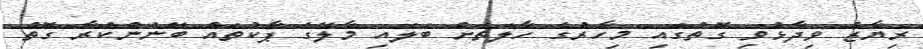
ރިޔާޒު ވިދާޅުވި ގޮތުގައި މިހާރުގެ ހާލަތަށް ބަލައި މާލޭގެ ޕާކުތައް ބޭނުންކުރާ ގޮތް